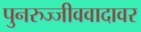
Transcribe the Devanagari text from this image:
पुनरुज्जीववादावर